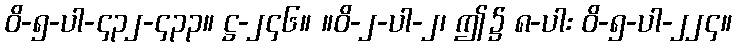
ဝိ-၅-ပါ-၄၃၂-၄၃၃။ ဋ္ဌ-၂၄၆။ ။ဝိ-၂-ပါ-၂၊ ဤ၌ ၈-ပါး ဝိ-၅-ပါ-၂၂၄။